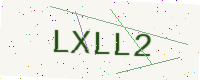
Text: LXLL2